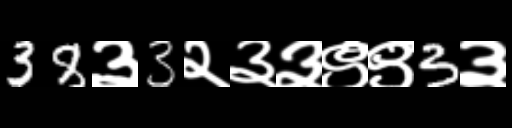
Text: 38३3२३३९९3३